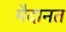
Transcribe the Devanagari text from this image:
मैदानत